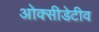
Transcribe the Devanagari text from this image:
ओक्सीडेटीव